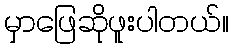
မှာဖြေဆိုဖူးပါတယ်။